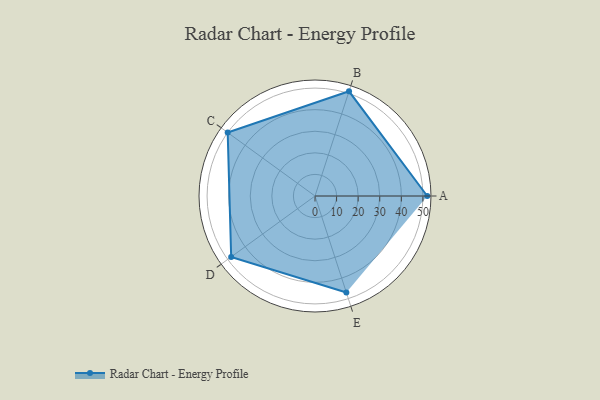
{"axis": {"x": "Skill", "y": "Score"}, "legend": ["Profile"], "data": [{"x": "A", "y": 52.0, "type": "Profile"}, {"x": "B", "y": 51.0, "type": "Profile"}, {"x": "C", "y": 50.0, "type": "Profile"}, {"x": "D", "y": 48.0, "type": "Profile"}, {"x": "E", "y": 47.0, "type": "Profile"}]}